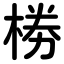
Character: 椦